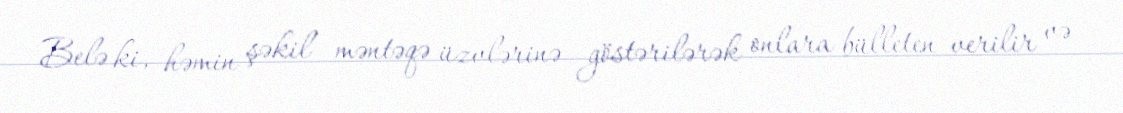
Belə ki, həmin şəkil məntəqə üzvlərinə göstərilərək onlara bülleten verilir və